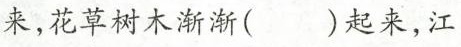
来，花草树木渐渐()起来，江